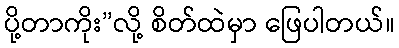
ပို့တာကိုး”လို့ စိတ်ထဲမှာ ဖြေပါတယ်။